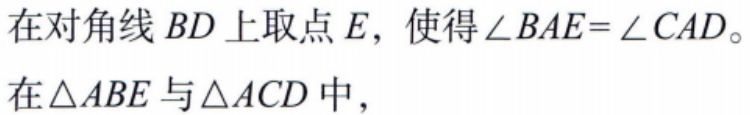
在对角线 \(BD\) 上取点 \(E\)，使得\(\angle BAE = \angle CAD\)。
在\(\triangle ABE\)与\(\triangle ACD\)中，